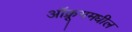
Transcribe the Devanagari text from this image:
ऑक्रूगमधील